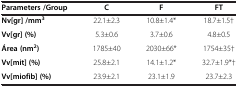
<table><thead><tr><td><b>Parameters /Group</b></td><td><b>C</b></td><td><b>F</b></td><td><b>FT</b></td></tr></thead><tbody><tr><td><b>Nv[gr] /mm</b><sup><b>3</b></sup></td><td>22.1±2.3</td><td>10.8±1.4*</td><td>18.7±1.5†</td></tr><tr><td><b>Vv[gr] (%)</b></td><td>5.3±0.6</td><td>3.7±0.6</td><td>4.8±0.5</td></tr><tr><td><b>Área (nm</b><sup><b>2</b></sup><b>)</b></td><td>1785±40</td><td>2030±66*</td><td>1754±35†</td></tr><tr><td><b>Vv[mit] (%)</b></td><td>25.8±2.1</td><td>14.1±1.2*</td><td>32.7±1.9*†</td></tr><tr><td><b>Vv[miofib] (%)</b></td><td>23.9±2.1</td><td>23.1±1.9</td><td>23.7±2.3</td></tr></tbody></table>